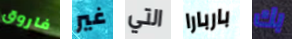
فاروق غير التي باربارا بك